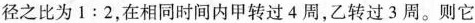
径之比为1:2，在相同时间内甲转过4周，乙转过3周。则它